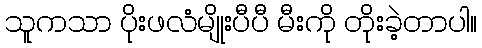
သူကသာ ပိုးဖလံမျိုးပီပီ မီးကို တိုးခဲ့တာပါ။